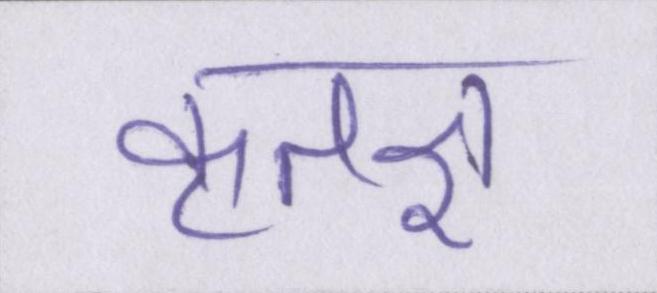
कृतज्ञ